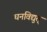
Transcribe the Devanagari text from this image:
घनविद्युत्